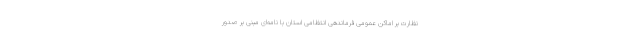
نظارت بر اماکن عمومی فرماندهی انتظامی استان با نامه‌ای مبنی بر صدور